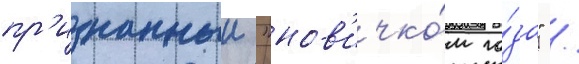
пр'изнанныи "нов'ичко́м го́да" /